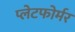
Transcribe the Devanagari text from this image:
प्लेटफोर्मर